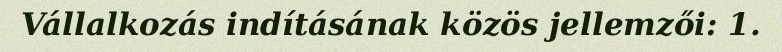
Vállalkozás indításának közös jellemzői: 1.